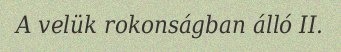
A velük rokonságban álló II.